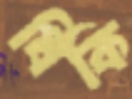
ধিকি